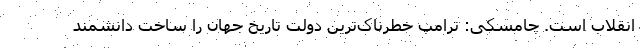
انقلاب است. چامسکی: ترامپ خطرناک‌ترین دولت تاریخ جهان را ساخت دانشمند